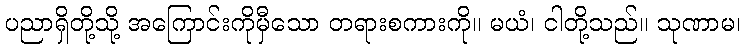
ပညာရှိတို့သို့ အကြောင်းကိုမှီသော တရားစကားကို။ မယံ၊ ငါတို့သည်။ သုဏာမ၊